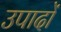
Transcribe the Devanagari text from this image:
उपादों